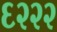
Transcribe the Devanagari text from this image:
६२२२